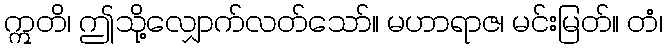
ဣတိ၊ ဤသို့လျှောက်လတ်သော်။ မဟာရာဇ၊ မင်းမြတ်။ တံ၊